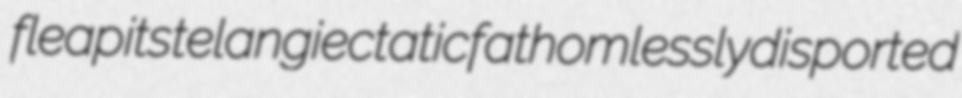
fleapits telangiectatic fathomlessly disported